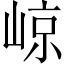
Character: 𡹡